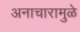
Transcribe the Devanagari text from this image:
अनाचारामुळे